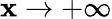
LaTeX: \mathbf{x}\to+\infty